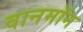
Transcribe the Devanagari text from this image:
वानमॉन